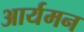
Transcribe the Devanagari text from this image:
आर्यमन